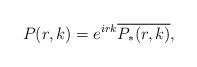
LaTeX: \begin{align*}P(r,k)=e^{irk}\overline{P_*(r,k)},\end{align*}